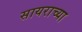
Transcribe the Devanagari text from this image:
सायराच्या